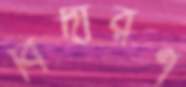
বিদারণ